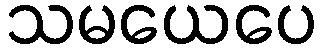
သမယေပေ